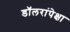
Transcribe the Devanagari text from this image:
डॉलरांपेक्षा